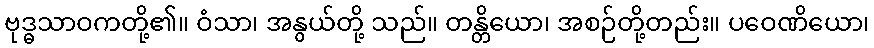
ဗုဒ္ဓသာဝကတို့၏။ ဝံသာ၊ အနွယ်တို့ သည်။ တန္တိယော၊ အစဉ်တို့တည်း။ ပဝေဏိယော၊